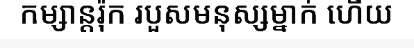
កម្សាន្តរ៉ុក របួសមនុស្សម្នាក់ ហើយ